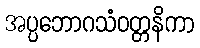
အပ္ပဘောဂသံဝတ္တနိကာ